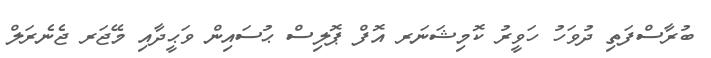
ބުރާސްފަތި ދުވަހު ހަވީރު ކޮމިޝަނަރ އޮފް ޕޮލިސް ޙުސައިން ވަޙީދާއި މޭޖަރ ޖެނެރަލް